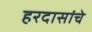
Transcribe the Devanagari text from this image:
हरदासांचे